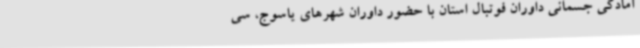
آمادگی جسمانی داوران فوتبال استان با حضور داوران شهرهای یاسوج، سی